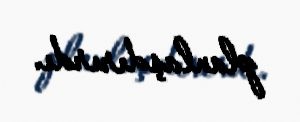
planlaşdırırdı.